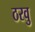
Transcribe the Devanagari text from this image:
ठरवु